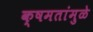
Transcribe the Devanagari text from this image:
क्षमतांमुळे